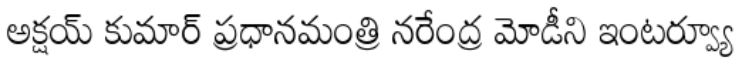
అక్షయ్ కుమార్ ప్రధానమంత్రి నరేంద్ర మోడీని ఇంటర్వ్యూ